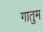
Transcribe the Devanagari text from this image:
गातुम